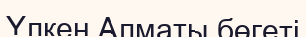
Үлкен Алматы бөгеті